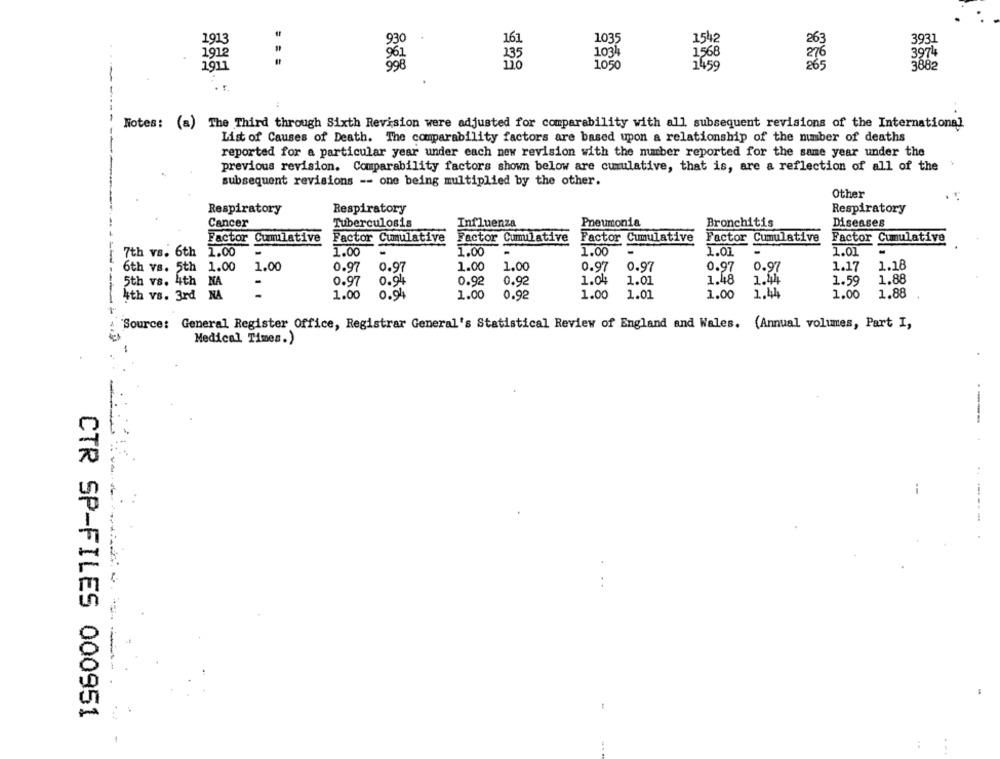
1913
1035
1542
3931
93
161
1912
1568
3971
1034
1911
998
1050
1459
265
3882
Hotes: (a) The Third through Sixth Revision were adjusted for comparability with all subsequent revisions of the International
List of Causes of Death. The comparability factors are based upon a relationship of the number of deaths
reported for a particular year under each new revision with the number reported for the same year under the
previous revision. Comparability factors shown below are cumulative, that is, are a reflection of all of the
subsequent revisions -- one being multiplied by the other.
Other
Respiratory
Respiratory
Respiratory
Cancer
Tuberculosis
Influenza
Pneumonia
Bronchitis
Diseases
Factor Cummilative
Factor Cumulative
Factor Cumulative
Factor Cumulative
Factor Cumulative
Factor Cumulative
1.00
1.01
7th vs. 6th 1.00
-
1.00
1.00
1.01
1.00
1.18
6th vs. 5th
1.00
1.00
0.97 0.97
0.97
1.00
0.97
0.97
0.97
0.97
1.17
5th vs. 4th NA
0.94
0.92
0.92
1.04
1.01
1.48
1.44
1.59
1.88
-
0.97
4th vs. 3rd NA
1.00
0.94
1.00
0.92
1.00
1.01
1.00
1.44
1.00
1.88
"Source: General Register Office, Registrar General's Statistical Review of England and Wales. (Annual volumes, Part I,
Medical Times.)
----
----
CTR SP-FILES 000951
: